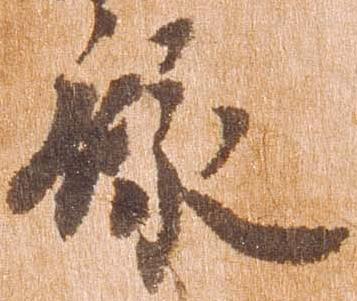
禄